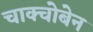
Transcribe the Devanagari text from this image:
चाक्चोबेन